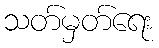
သတ်မှတ်ရေး